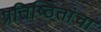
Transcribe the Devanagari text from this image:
प्रतिष्ठितांचा